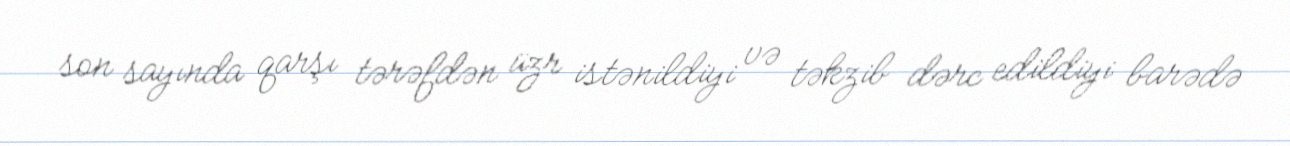
son sayında qarşı tərəfdən üzr istənildiyi və təkzib dərc edildiyi barədə